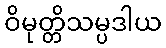
ဝိမုတ္တိသမ္ပဒါယ